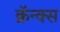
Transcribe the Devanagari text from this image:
क्रॅन्क्स